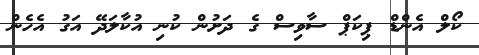
ކޯލް އެންޑް ޕިކަޕް ސާވިސް ގެެ ދަށުން ކުނި އުކާލަދޭ އަގު އެހެން